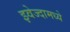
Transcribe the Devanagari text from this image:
झ्वेज्दामध्ये